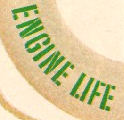
ENGINE LIFE